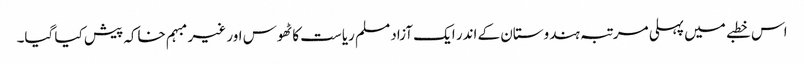
اس خطبے میں پہلی مرتبہ ہندوستان کے اندر ایک آزاد مسلم ریاست کا ٹھوس اور غیر مبہم خاکہ پیش کیا گیا۔